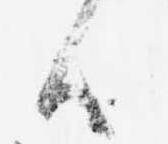
ハ